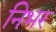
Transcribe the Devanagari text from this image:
निभर